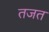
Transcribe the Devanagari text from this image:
तजत